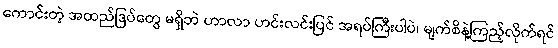
ကောင်းတဲ့ အထည်ဒြပ်တွေ မရှိဘဲ ဟာလာ ဟင်းလင်းပြင် အရပ်ကြီးပါပဲ၊ မျက်စိနဲ့ကြည့်လိုက်ရင်